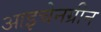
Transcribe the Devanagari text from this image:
आइचेनग्रीन